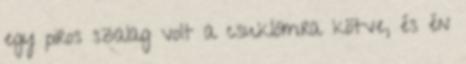
egy piros szalag volt a csuklómra kötve, és én